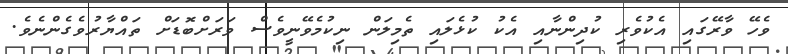
ވެހޭ ވާރޭގައި އެކުވެރި ކުދިންނާއި އެކު ކުޅެލައި ތެމިލަން ނިކުމެވޭނީވެސް ވަރަށްބޮޑަށް ތައްޔާރުވެގެންނެވެ.